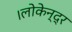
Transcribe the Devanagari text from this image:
।लोकेन्द्र